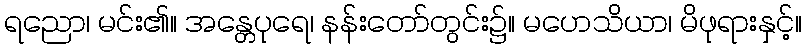
ရညော၊ မင်း၏။ အန္တေပုရေ၊ နန်းတော်တွင်း၌။ မဟေသိယာ၊ မိဖုရားနှင့်။